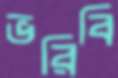
ভরিবি